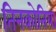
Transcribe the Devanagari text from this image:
तिनकोनिया